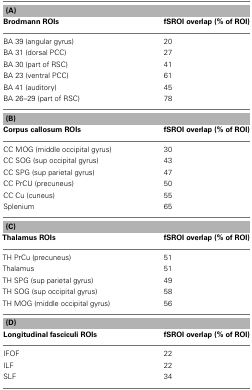
<table><thead><tr><td colspan="2"><b>(A)</b></td></tr><tr><td><b>Brodmann ROIs</b></td><td><b>fSROI overlap (% of ROI)</b></td></tr></thead><tbody><tr><td>BA 39 (angular gyrus)</td><td>20</td></tr><tr><td>BA 31 (dorsal PCC)</td><td>27</td></tr><tr><td>BA 30 (part of RSC)</td><td>41</td></tr><tr><td>BA 23 (ventral PCC)</td><td>61</td></tr><tr><td>BA 41 (auditory)</td><td>45</td></tr><tr><td>BA 26–29 (part of RSC)</td><td>78</td></tr><tr><td colspan="2"><b>(B)</b></td></tr><tr><td><b>Corpus callosum ROIs</b></td><td><b>fSROI overlap (% of ROI)</b></td></tr><tr><td>CC MOG (middle occipital gyrus)</td><td>30</td></tr><tr><td>CC SOG (sup occipital gyrus)</td><td>43</td></tr><tr><td>CC SPG (sup parietal gyrus)</td><td>47</td></tr><tr><td>CC PrCU (precuneus)</td><td>50</td></tr><tr><td>CC Cu (cuneus)</td><td>55</td></tr><tr><td>Splenium</td><td>65</td></tr><tr><td colspan="2"><b>(C)</b></td></tr><tr><td><b>Thalamus ROIs</b></td><td><b>fSROI overlap (% of ROI)</b></td></tr><tr><td>TH PrCu (precuneus)</td><td>51</td></tr><tr><td>Thalamus</td><td>51</td></tr><tr><td>TH SPG (sup parietal gyrus)</td><td>49</td></tr><tr><td>TH SOG (sup occipital gyrus)</td><td>58</td></tr><tr><td>TH MOG (middle occipital gyrus)</td><td>56</td></tr><tr><td colspan="2"><b>(D)</b></td></tr><tr><td><b>Longitudinal fasciculi ROIs</b></td><td><b>fSROI overlap (% of ROI)</b></td></tr><tr><td>IFOF</td><td>22</td></tr><tr><td>ILF</td><td>22</td></tr><tr><td>SLF</td><td>34</td></tr></tbody></table>